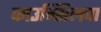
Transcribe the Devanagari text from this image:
काउन्सिलचा